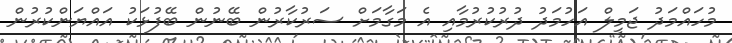
މުހައްމަދު ޖަމީލް އަހުމަދު ދުރުކުރުމާއި އެ މަގާމަށް ސަރުކާރުން ބޭނުން ބޭފުޅަކު އައްޔަންކުރުން